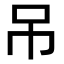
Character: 吊